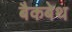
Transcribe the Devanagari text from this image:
बैकबेथ